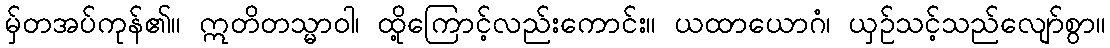
မှ်တအပ်ကုန်၏။ ဣတိတသ္မာဝါ၊ ထို့ကြောင့်လည်းကောင်း။ ယထာယောဂံ၊ ယှဉ်သင့်သည်လျော်စွာ။